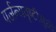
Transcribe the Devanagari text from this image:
पर्जन्यवृष्टीमुळे